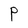
Character: P